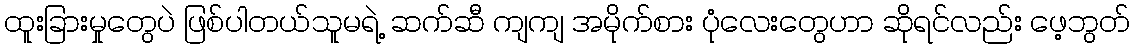
ထူးခြားမှုတွေပဲ ဖြစ်ပါတယ်သူမရဲ့ ဆက်ဆီ ကျကျ အမိုက်စား ပုံလေးတွေဟာ ဆိုရင်လည်း ဖေ့ဘွတ်